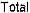
TOTAL